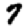
Digit: 7